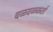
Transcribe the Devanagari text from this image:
चळवळकर्ता